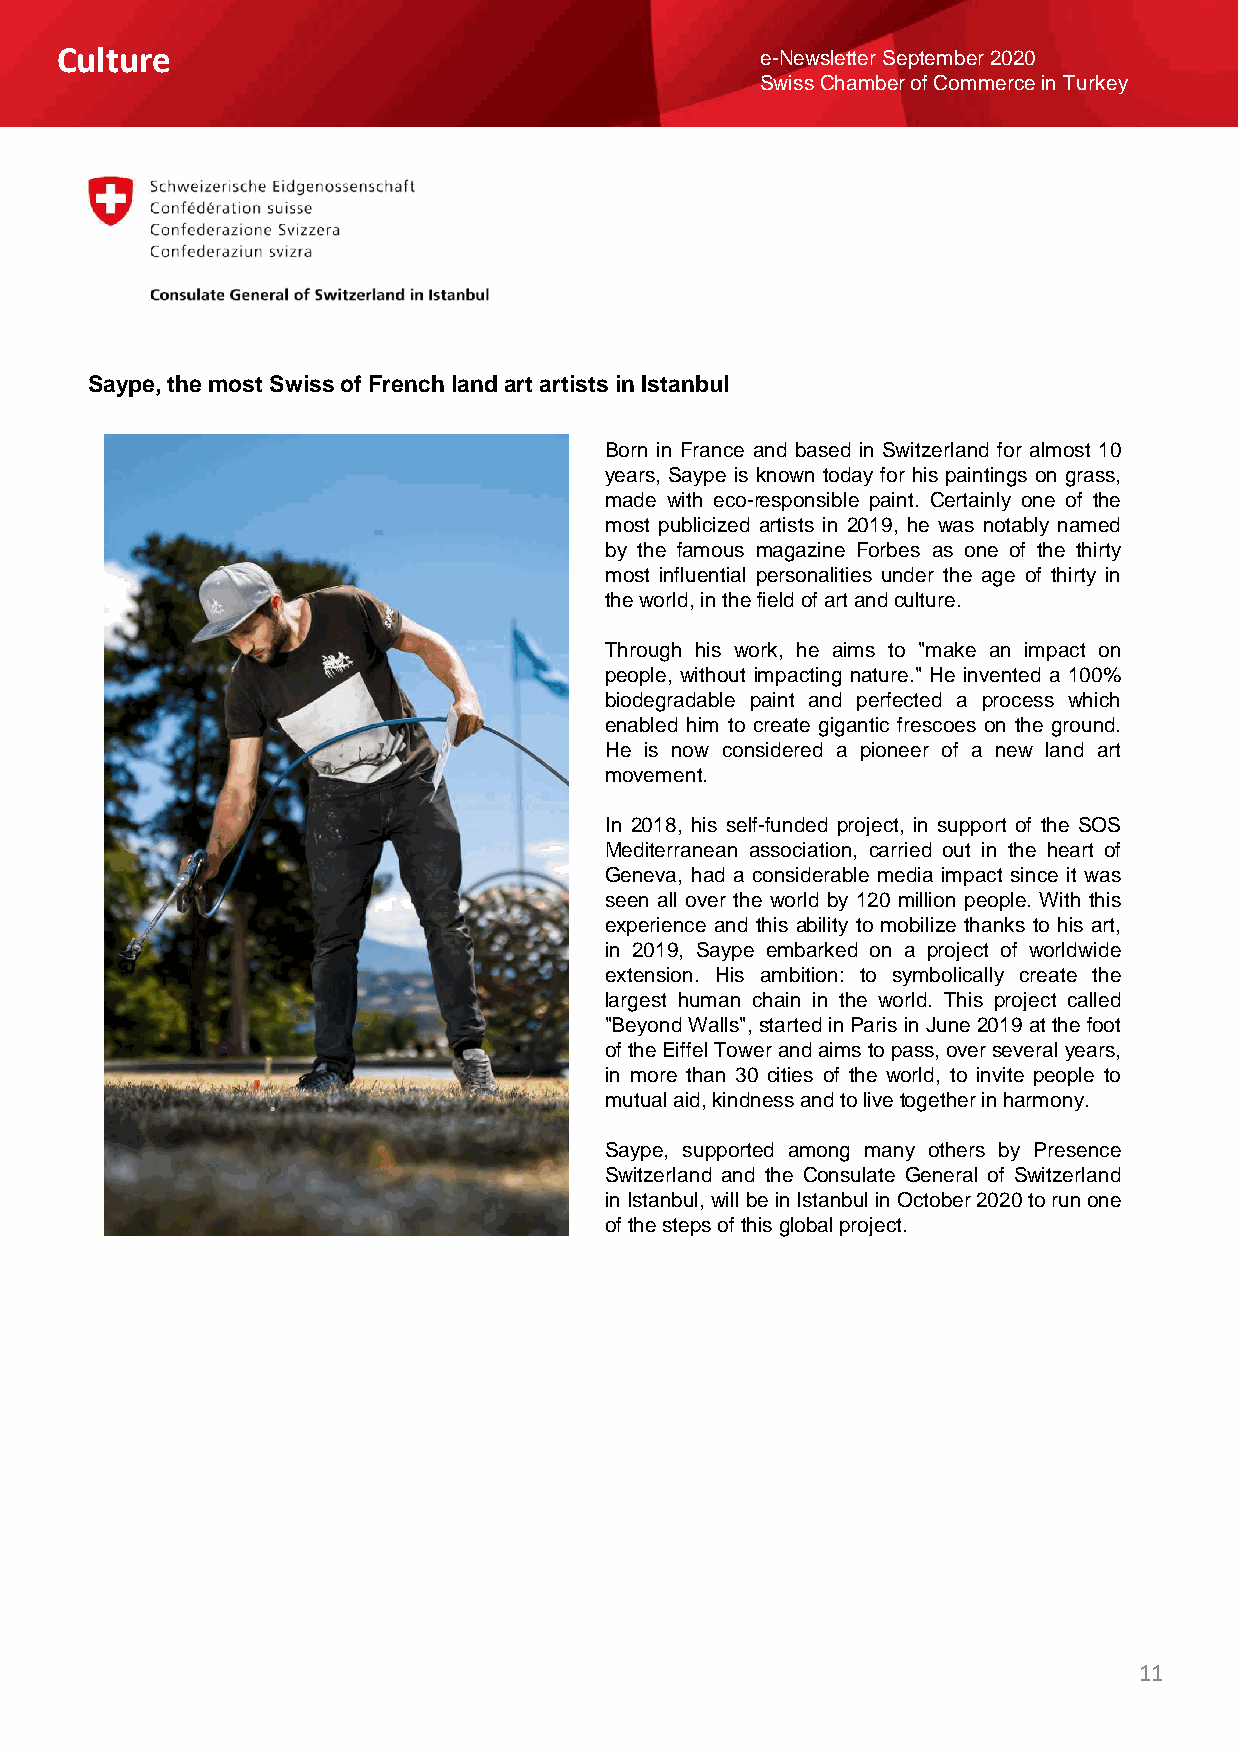
Culture                                       e-Newsletter September 2020
 Swiss Chamber of Commerce in Turkey
 Saype, the most Swiss of French land art artists in Istanbul
 Born in France and based in Switzerland for almost 10
 years, Saype is known today for his paintings on grass,
 made with eco-responsible paint. Certainly one of the
 most publicized artists in 2019, he was notably named
 by the famous magazine Forbes as one of the thirty
 most influential personalities under the age of thirty in
 theworld,inthefieldofartandculture.
 Through his work, he aims to "make an impact on
 people, without impacting nature." He invented a 100%
 biodegradable paint and perfected a process which
 enabled him to create gigantic frescoes on the ground.
 He is now considered a pioneer of a new land art
 movement.
 In 2018, his self-funded project, in support of the SOS
 Mediterranean association, carried out in the heart of
 Geneva, had a considerable media impact since it was
 seen all over the world by 120 million people. With this
 experience and this ability to mobilize thanks to his art,
 in 2019, Saype embarked on a project of worldwide
 extension. His ambition: to symbolically create the
 largest human chain in the world. This project called
 "BeyondWalls",startedinParis inJune2019atthefoot
 oftheEiffelTowerandaimstopass,overseveralyears,
 in more than 30 cities of the world, to invite people to
 mutualaid,kindnessandtolivetogetherinharmony.
 Saype, supported among many others by Presence
 Switzerland and the Consulate General of Switzerland
 inIstanbul,willbeinIstanbulinOctober2020torunone
 ofthestepsofthisglobalproject.
 11